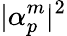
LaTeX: |\alpha_{p}^{m}|^{2}